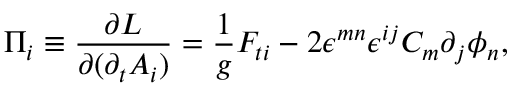
\Pi _ { i } \equiv { \frac { \partial { \cal L } } { \partial { ( \partial _ { t } A _ { i } ) } } } = { \frac { 1 } { g } } F _ { t i } - 2 \epsilon ^ { m n } \epsilon ^ { i j } C _ { m } \partial _ { j } \phi _ { n } ,